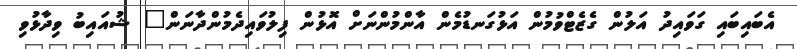
އެބައިބައި ގަވައިދު އަލުން ގެޒެޓްވުމުން އަޅުގަނޑުމެން އާންމުންނަށް އޮޅުން ފިލުވައިދެމުންދާނަން" ޝުއައިބު ވިދާޅުވި